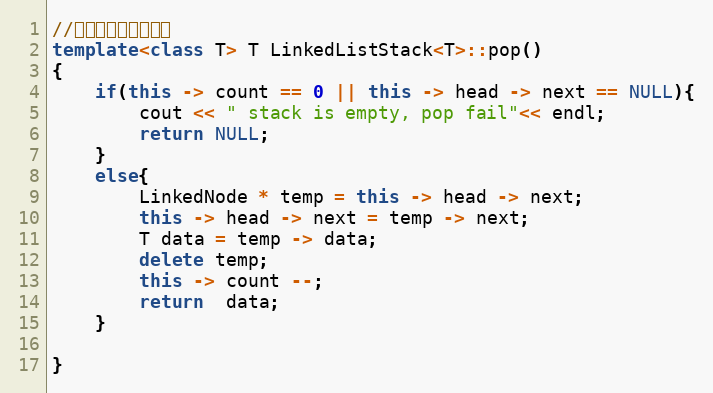
Language: C++
//出栈，删除栈顶元素
template<class T> T LinkedListStack<T>::pop()
{
    if(this -> count == 0 || this -> head -> next == NULL){
        cout << " stack is empty, pop fail"<< endl;
        return NULL;
    }
    else{
        LinkedNode * temp = this -> head -> next;
        this -> head -> next = temp -> next;
        T data = temp -> data;
        delete temp;
        this -> count --;
        return  data;
    }

}